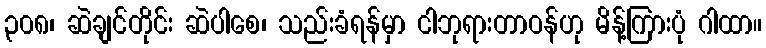
၃၀၈၊ ဆဲချင်တိုင်း ဆဲပါစေ၊ သည်းခံရန်မှာ ငါဘုရားတာဝန်ဟု မိန့်ကြားပုံ ဂါထာ။